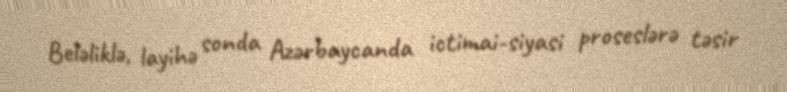
Beləliklə, layihə sonda Azərbaycanda ictimai-siyasi proseslərə təsir